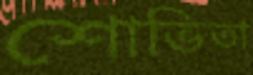
শোভিতা